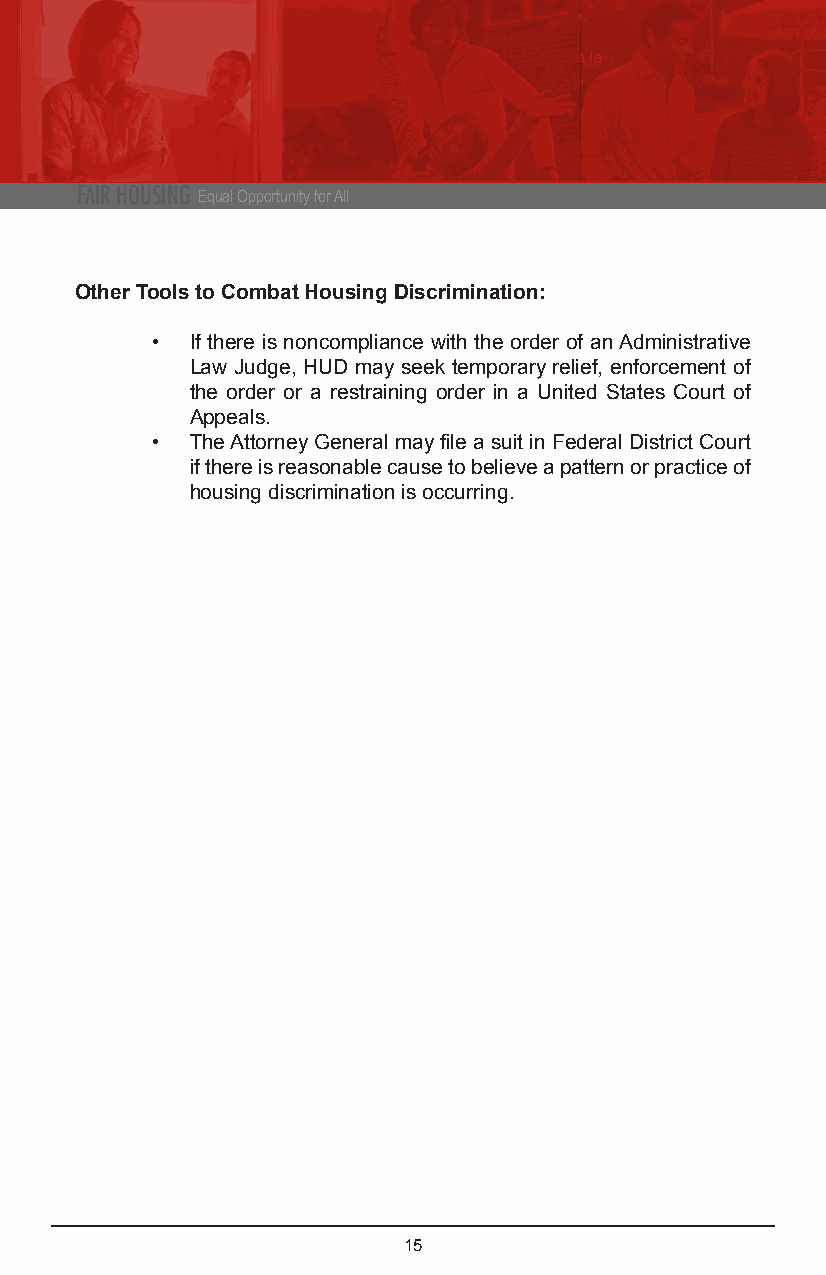
FAIR HOUSING Equal Opportunity for All
 Other Tools to Combat Housing Discrimination:
 •  If there is noncompliance with the order of an Administrative
 Law Judge, HUD may seek temporary relief, enforcement of
 the order or a restraining order in a United States Court of
 Appeals.
 •  The Attorney General may file a suit in Federal District Court
 if there is reasonable cause to believe a pattern or practice of
 housing discrimination is occurring.
 15